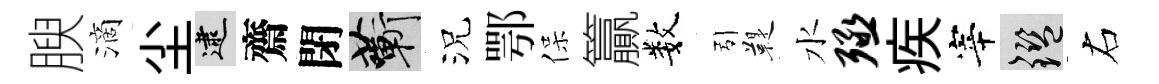
腴滴尘逮齋閉蔪況鄂保籯数引鞮水殛疾宰鑒右